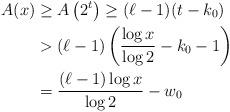
LaTeX: \begin{align*}A(x) & \geq A\left( 2^t \right) \geq (\ell - 1)(t - k_0 ) \\& > (\ell - 1) \left( \frac{\log x}{\log 2} - k_0 - 1 \right) \\& = \frac{(\ell - 1)\log x}{\log 2} - w_0\end{align*}